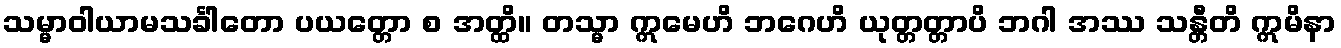
သမ္မာဝါယာမသင်္ခါတော ပယတ္တော စ အတ္ထိ။ တသ္မာ ဣမေဟိ ဘဂေဟိ ယုတ္တတ္တာပိ ဘဂါ အဿ သန္တီတိ ဣမိနာ